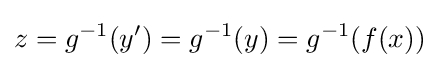
z=g^{-1}(y')=g^{-1}(y)=g^{-1}(f(x))